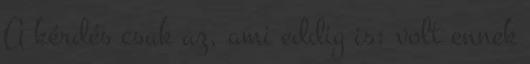
A kérdés csak az, ami eddig is: volt ennek